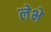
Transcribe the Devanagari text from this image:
लेभे